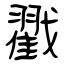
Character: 戳